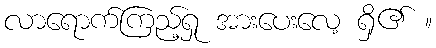
လာရောက်ကြည့်ရှု အားပေးလေ့ ရှိ၏ ။